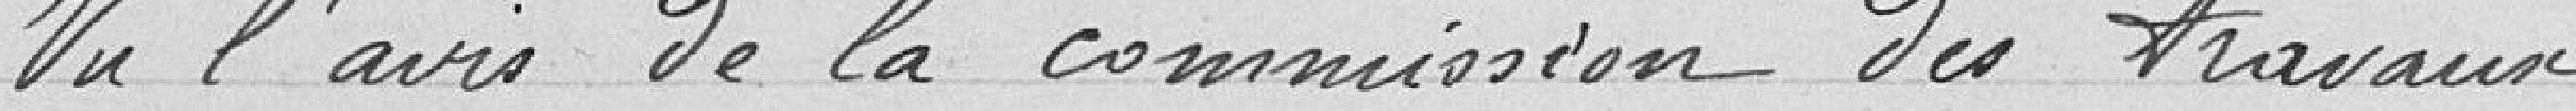
Vu l'avis de la commission des travaux